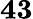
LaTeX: \mathbf{43}